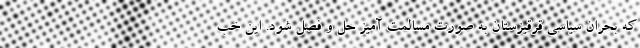
که بحران سیاسی قرقیزستان به صورت مسالمت آمیز حل و فصل شود. این خب